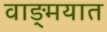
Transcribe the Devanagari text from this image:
वाङ्‍मयात